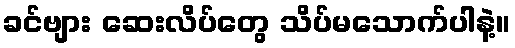
ခင်ဗျား ဆေးလိပ်တွေ သိပ်မသောက်ပါနဲ့။